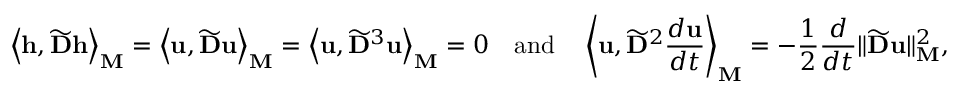
\left\langle \mathbf { h } , \widetilde { \mathbf { D } } \mathbf { h } \right\rangle _ { \mathbf { M } } = \left\langle \mathbf { u } , \widetilde { \mathbf { D } } \mathbf { u } \right\rangle _ { \mathbf { M } } = \left\langle \mathbf { u } , \widetilde { \mathbf { D } } ^ { 3 } \mathbf { u } \right\rangle _ { \mathbf { M } } = 0 \quad \mathrm { a n d } \quad \left\langle \mathbf { u } , \widetilde { \mathbf { D } } ^ { 2 } \frac { d \mathbf { u } } { d t } \right\rangle _ { \mathbf { M } } = - \frac { 1 } { 2 } \frac { d } { d t } \| \widetilde { \mathbf { D } } \mathbf { u } \| _ { \mathbf { M } } ^ { 2 } ,